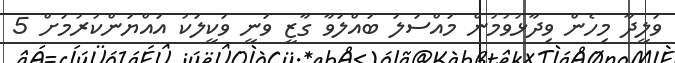
ވަލީދާ މިހެން ވިދާޅުވުމުން މައްސަލަ ބައްލަވާ ގާޒީ ވަނީ ވަކީލަކު އައްޔަންކުރުމަށް 5